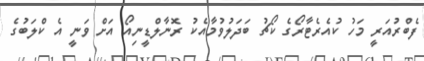
ފެބްރުއަރީ މަހު ކުއެރެޓާރޯގެ ކޯޗު ބަދަލުވުމާއެކު ރޮނާލްޑީނިއޯ އަށް ވަނީ އެ ކްލަބުގެ